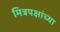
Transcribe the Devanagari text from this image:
मित्रपक्षांच्या